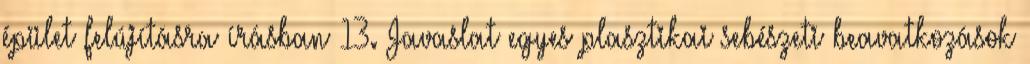
épület felújításra írásban 13. Javaslat egyes plasztikai sebészeti beavatkozások